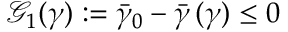
\mathcal { G } _ { 1 } ( \gamma ) : = \bar { \gamma } _ { 0 } - \bar { \gamma } \, ( \gamma ) \leq 0